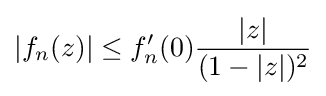
|f_{n}(z)|\leq f_{n}^{\prime }(0){|z| \over (1-|z|)^{2}}